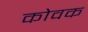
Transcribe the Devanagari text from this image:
कोवक